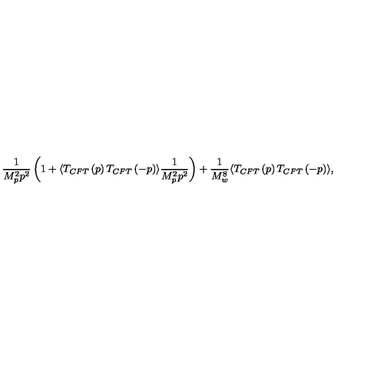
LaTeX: \frac { 1 } { M _ { p } ^ { 2 } p ^ { 2 } } \left( 1 + \langle T _ { C F T } \left( p \right) T _ { C F T } \left( - p \right) \rangle \frac { 1 } { M _ { p } ^ { 2 } p ^ { 2 } } \right) + \frac { 1 } { M _ { w } ^ { 8 } } \langle T _ { C F T } \left( p \right) T _ { C F T } \left( - p \right) \rangle ,